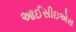
આઈસીઇએસ